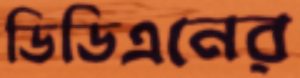
ডিডিএনের